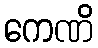
ကေဏိ